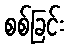
စစ်ခြင်း